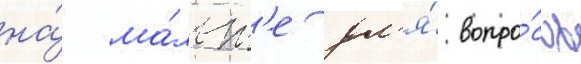
на́ ма́льт'е дл'я́ вопро́сов